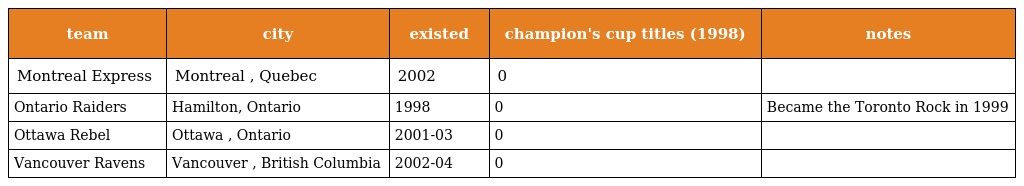
| team | city | existed | champion's cup titles (1998) | notes |
 | --- | --- | --- | --- | --- |
 | Montreal Express | Montreal , Quebec | 2002 | 0 |  |
 | Ontario Raiders | Hamilton, Ontario | 1998 | 0 | Became the Toronto Rock in 1999 |
 | Ottawa Rebel | Ottawa , Ontario | 2001-03 | 0 |  |
 | Vancouver Ravens | Vancouver , British Columbia | 2002-04 | 0 |  |